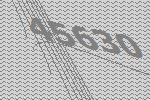
45630